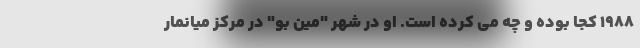
1988 کجا بوده و چه می کرده است. او در شهر "مین بو" در مرکز میانمار